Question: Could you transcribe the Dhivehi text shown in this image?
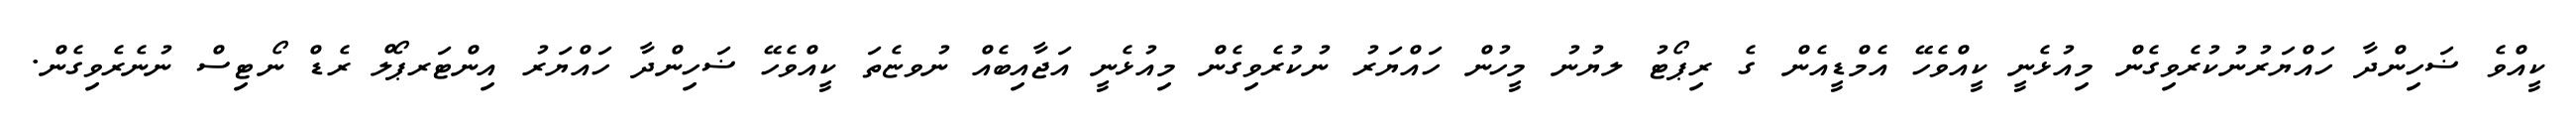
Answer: ކީއްވެ ޟަހިންދާ ހައްޔަރުނުކުރެވިގެން މިއުޅެނީ ކީއްވެހޭ އެމްޑީއެން ގެ ރިޕޯޓު ލޔުނު މީހުން ހައްޔަރު ނުކުރެވިގެން މިއުޅެނީ އަޖާއިބެއް ނުވޏެތަ ކީއްވެހޭ ޟަހިންދާ ހައްޔަރު އިންޓަރޕޯލް ރެޑް ނޯޓިސް ނުނެރެވިގެން.